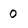
Character: 0